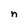
Character: n